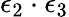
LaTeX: \epsilon_{2}\cdot\epsilon_{3}